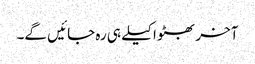
آخر بھٹو اکیلے ہی رہ جائیں گے۔